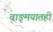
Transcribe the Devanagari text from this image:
वाङ्‌मयातही